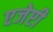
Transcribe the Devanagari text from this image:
एजेप्टी